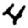
Digit: 4